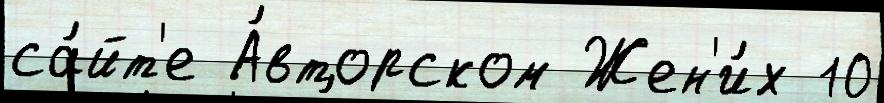
са́йт'е А́вторском Жен'и́х 10